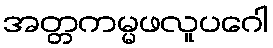
အတ္တကမ္မဖလူပဂေါ